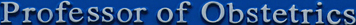
professor of Obstetrics